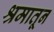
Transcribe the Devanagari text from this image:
श्रमातून